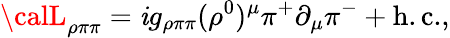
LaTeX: {\calL}_{\rho\pi\pi}=\mathit{i}g_{\rho\pi\pi}(\rho^{0})^{\mu}\pi^{+}\partial_{\mu}\pi^{-}+\mathrm{{h.c.}},